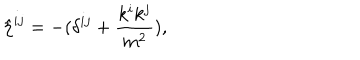
{ \hat { \eta } } ^ { i j } = - ( \delta ^ { i j } + { \frac { k ^ { i } k ^ { j } } { m ^ { 2 } } } ) ,